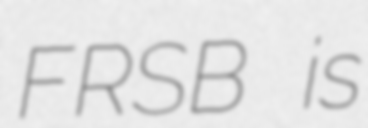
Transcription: FRSB is